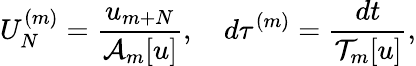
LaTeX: U_{N}^{(m)}=\frac{u_{m+N}}{\mathcal{A}_{m}[u]},\quad d\tau^{(m)}=\frac{dt}{\mathcal{T}_{m}[u]},